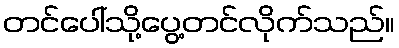
တင်ပေါ်သို့ပွေ့တင်လိုက်သည်။